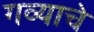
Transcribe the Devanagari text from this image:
गव्याचे